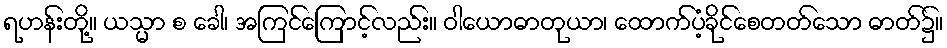
ရဟန်းတို့။ ယသ္မာ စ ခေါ၊ အကြင်ကြောင့်လည်း။ ဝါယောဓာတုယာ၊ ထောက်ပံ့ခိုင်စေတတ်သော ဓာတ်၌။